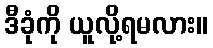
ဒီခုံကို ယူလို့ရမလား။